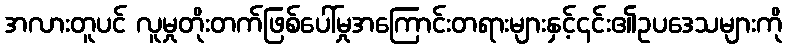
အလားတူပင် လူမှုတိုးတက်ဖြစ်ပေါ်မှုအကြောင်းတရားများနှင့်၎င်း၏ဥပဒေသများကို